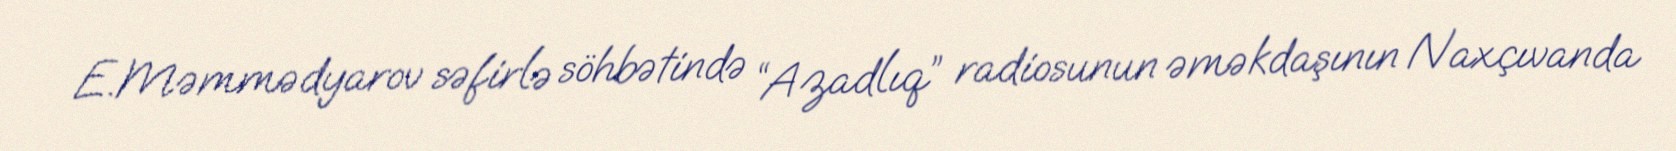
E.Məmmədyarov səfirlə söhbətində “Azadlıq” radiosunun əməkdaşının Naxçıvanda